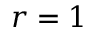
r = 1